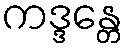
ကဒ္ဒန္တေ